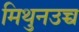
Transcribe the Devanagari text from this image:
मिथुनउच्च